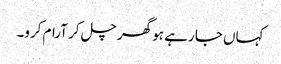
کہاں جا رہے ہو گھر چل کر آرام کرو۔